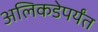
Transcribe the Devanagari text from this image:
अलिकडेपर्यंत